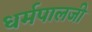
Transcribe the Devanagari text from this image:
धर्मपालजी